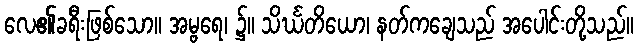
လေ၏ခရီးဖြစ်သော။ အမ္ဗရေ၊ ၌။ သိင်္ဃတိယော၊ နတ်ကချေသည် အပေါင်းတို့သည်။